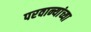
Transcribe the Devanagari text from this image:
परवान्यांच्या